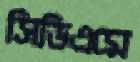
সিডিএমে